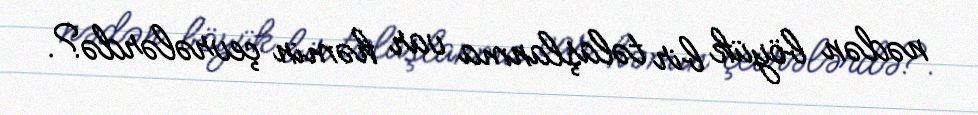
nədən böyük bir təlaşlanma var həmin çevrələrdə?.